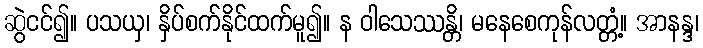
ဆွဲငင်၍။ ပသယှ၊ နှိပ်စက်နိုင်ထက်မူ၍။ န ဝါသေဿန္တိ၊ မနေစေကုန်လတ္တံ့။ အာနန္ဒ၊